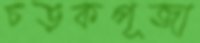
চড়কপূজা